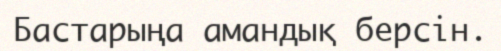
Бастарыңа амандық берсін.